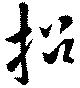
招